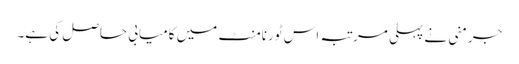
جرمنی نے پہلی مرتبہ اس ٹورنامنٹ میں کامیابی حاصل کی ہے۔